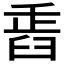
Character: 𦥲